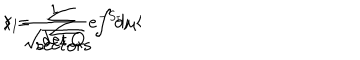
\langle \hspace { 1 c m } \rangle = \sum _ { \mathrm { s e c t o r s } } \int d \mu \langle \hspace { 1 c m } \rangle _ { I } \frac { 1 } { \sqrt { \det Q } } e ^ { - S _ { I } }